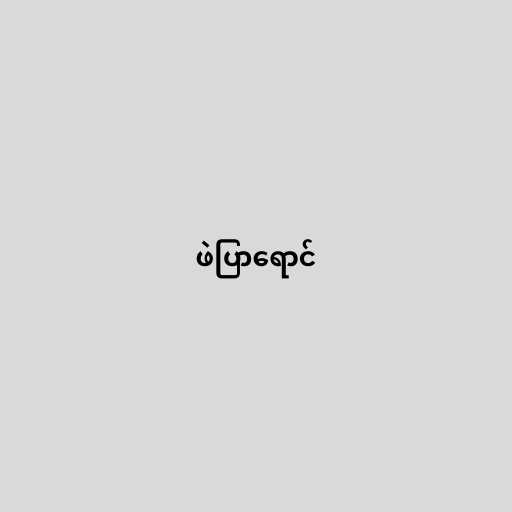
ဖဲပြာရောင်